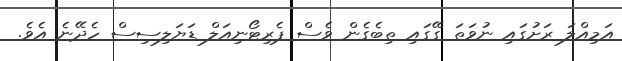
އަމިއްލަ ރަށުގައި ނުވަތަ ގޭގައި ތިބެގެން ވެސް ޕެރިޓޯނިއަލް ޑަޔަލިސިސް ހެދޭނެ އެވެ.